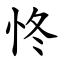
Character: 㤏